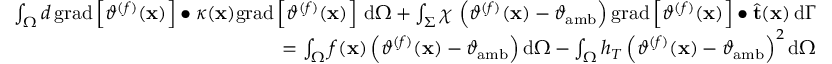
\begin{array} { r } { \int _ { \Omega } d \, \mathrm { g r a d } \left[ \vartheta ^ { ( f ) } ( \mathbf { x } ) \right] \bullet \kappa ( \mathbf { x } ) \mathrm { g r a d } \left[ \vartheta ^ { ( f ) } ( \mathbf { x } ) \right] \, \mathrm { d } \Omega + \int _ { \Sigma } \chi \, \left( \vartheta ^ { ( f ) } ( \mathbf { x } ) - \vartheta _ { \mathrm { a m b } } \right) \mathrm { g r a d } \left[ \vartheta ^ { ( f ) } ( \mathbf { x } ) \right] \bullet \widehat { \mathbf { t } } ( \mathbf { x } ) \, \mathrm { d } \Gamma } \\ { = \int _ { \Omega } f ( \mathbf { x } ) \left( \vartheta ^ { ( f ) } ( \mathbf { x } ) - \vartheta _ { \mathrm { a m b } } \right) \mathrm { d } \Omega - \int _ { \Omega } h _ { T } \left( \vartheta ^ { ( f ) } ( \mathbf { x } ) - \vartheta _ { \mathrm { a m b } } \right) ^ { 2 } \mathrm { d } \Omega } \end{array}